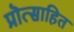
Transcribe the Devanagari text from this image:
प्रॊत्साहित